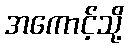
အကောင့်သို့